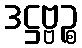
ဒဋ္ဌဗ္ဗဉ္စ